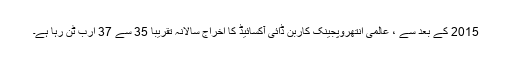
2015 کے بعد سے ، عالمی انتھروپجینک کاربن ڈائی آکسائیڈ کا اخراج سالانہ تقریبا 35 سے 37 ارب ٹن رہا ہے۔